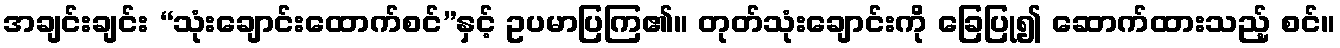
အချင်းချင်း “သုံးချောင်းထောက်စင်”နှင့် ဥပမာပြကြ၏။ တုတ်သုံးချောင်းကို ခြေပြု၍ ဆောက်ထားသည့် စင်။